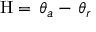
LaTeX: { \mathrm { H } } = \, \theta _ { a } - \, \theta _ { r }